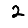
Digit: 2